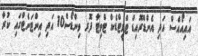
އައިއޯއެސް އަދި އެންޑްރޮއިޑް ޓްވީޓްޑެކް ޓްވިޓާ ފޮރ ވިންޑޯސް10 އަދި އިންޓަނެޓްގައި ކުރާ